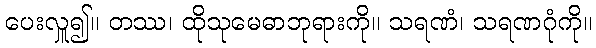
ပေးလှူ၍။ တဿ၊ ထိုသုမေဓာဘုရားကို။ သရဏံ၊ သရဏဂုံကို။